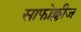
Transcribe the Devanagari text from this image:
साफोक्लीज